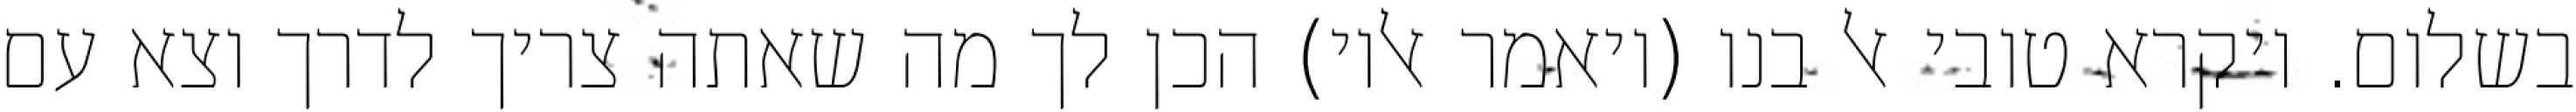
בשלום. ויקרא טובי אל בנו (ויאמר אליו) הכן לך מה שאתה צריך לדרך וצא עם